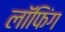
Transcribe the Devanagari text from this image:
लॉफिंग